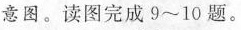
意图。读图完成9~10题。